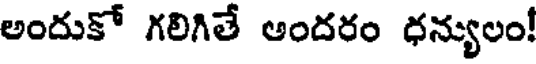
అందుకో గలిగితే అందరం ధన్యులం!